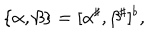
\{ \alpha , \beta \} = [ \alpha ^ { \sharp } , \beta ^ { \sharp } ] ^ { \flat } ,